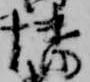
幡